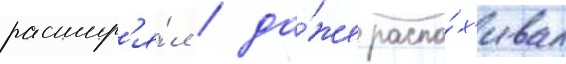
расшир'я́л / да́же распа́х'ивал